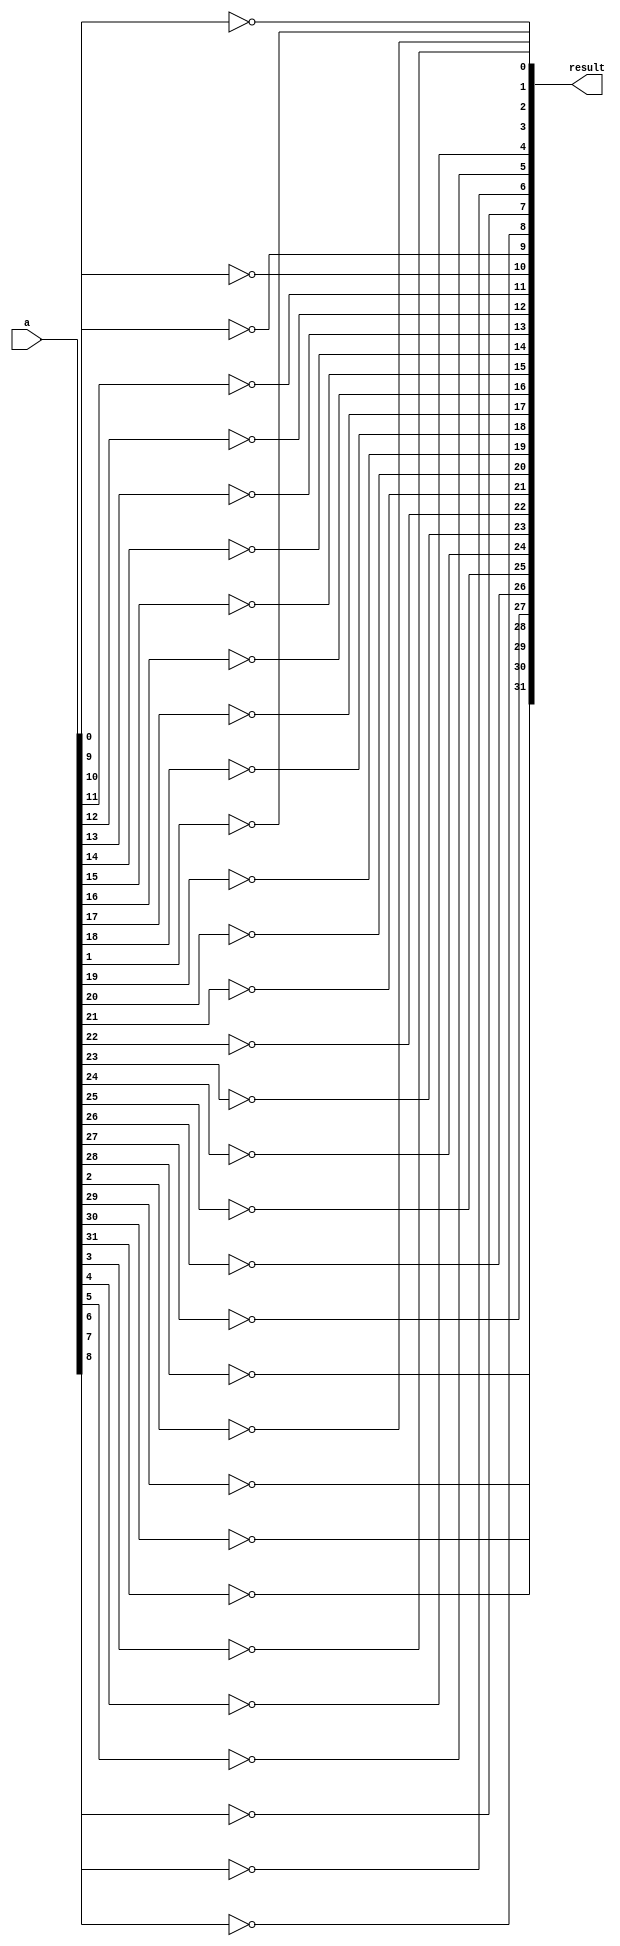
`timescale 1ns / 1ps
//////////////////////////////////////////////////////////////////////////////////
// Company: 
// Engineer: 
// 
// Design Name: 
// Module Name:    Para_Not 
// Project Name: 
// Target Devices: 
// Tool versions: 
// Description: 
//
// Dependencies: 
//
// Revision: 
// Revision 0.01 - File Created
// Additional Comments: 
//
//////////////////////////////////////////////////////////////////////////////////
module Para_Not(result, a);

parameter W = 32;

input [W-1:0] a;
output [W-1:0] result;

genvar i;
generate
	for(i = 0; i < W; i = i + 1)
		begin: not_er
		not n1 (result[i], a[i]);
		end

endgenerate


endmodule